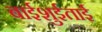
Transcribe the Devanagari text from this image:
बाईशुईताई